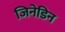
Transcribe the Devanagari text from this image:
जिनेडिन